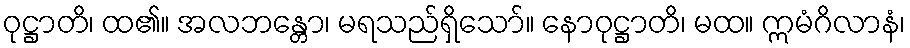
ဝုဋ္ဌာတိ၊ ထ၏။ အလဘန္တော၊ မရသည်ရှိသော်။ နောဝုဋ္ဌာတိ၊ မထ။ ဣမံဂိလာနံ၊